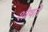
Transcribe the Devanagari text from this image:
शोषते